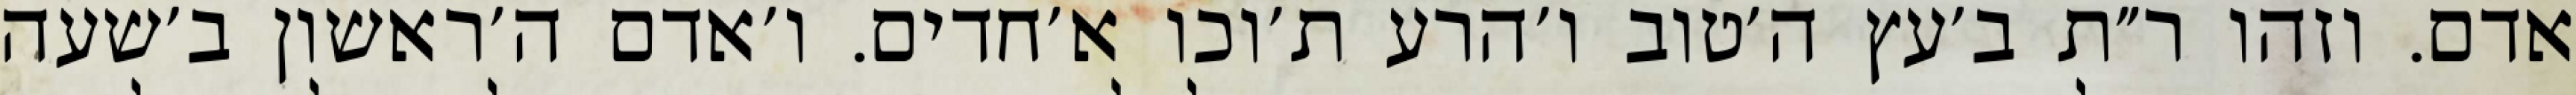
אדם. וזהו ר״ת ב׳עץ ה׳טוב ו׳הרע ת׳וכו א׳חדים. ו׳אדם ה׳ראשון ב׳שעה